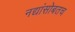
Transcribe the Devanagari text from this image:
नद्यांसोबतच